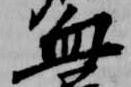
血